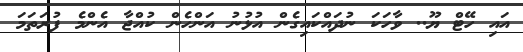
އައި ހޭޓް ޔޫ.. ވާހަކަ ނުދައްކައިގެން އުޅުނު އަންހެން ކުއްޖާ އެންމެ ފުރަތަމަ